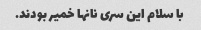
با سلام این سری نانها خمیر بودند.